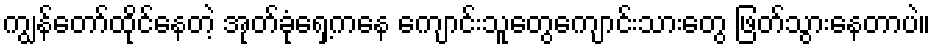
ကျွန်တော်ထိုင်နေတဲ့ အုတ်ခုံရှေ့ကနေ ကျောင်းသူတွေကျောင်းသားတွေ ဖြတ်သွားနေတာပဲ။